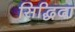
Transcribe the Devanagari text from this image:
सिद्धिदा